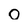
Character: O